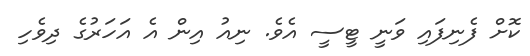
ކޮށް ފެނިފައި ވަނީ ޓީސީ އެވެ. ނިއު އިން އެ އަހަރުގެ ދިވެހި